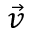
\vec { v }